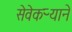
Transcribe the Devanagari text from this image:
सेवेकऱ्याने